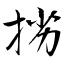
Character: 挘